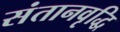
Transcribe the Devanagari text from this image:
संतानवृद्धि